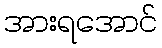
အားရအောင်